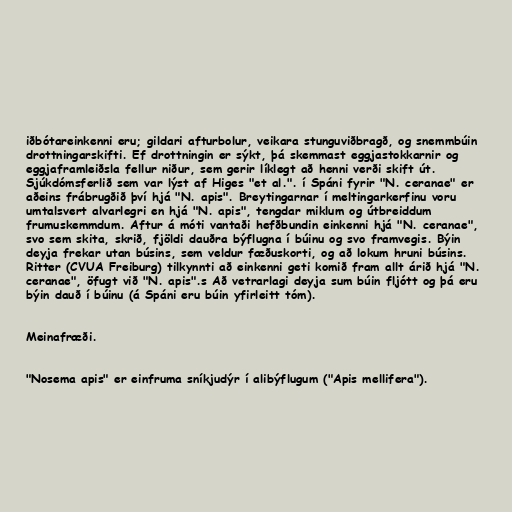
iðbótareinkenni eru; gildari afturbolur, veikara stunguviðbragð, og snemmbúin
drottningarskifti. Ef drottningin er sýkt, þá skemmast eggjastokkarnir og
eggjaframleiðsla fellur niður, sem gerir líklegt að henni verði skift út.
Sjúkdómsferlið sem var lýst af Higes "et al.". í Spáni fyrir "N. ceranae" er
aðeins frábrugðið því hjá "N. apis". Breytingarnar í meltingarkerfinu voru
umtalsvert alvarlegri en hjá "N. apis", tengdar miklum og útbreiddum
frumuskemmdum. Aftur á móti vantaði hefðbundin einkenni hjá "N. ceranae",
svo sem skita, skrið, fjöldi dauðra býflugna í búinu og svo framvegis. Býin
deyja frekar utan búsins, sem veldur fæðuskorti, og að lokum hruni búsins.
Ritter (CVUA Freiburg) tilkynnti að einkenni geti komið fram allt árið hjá "N.
ceranae", öfugt við "N. apis".s Að vetrarlagi deyja sum búin fljótt og þá eru
býin dauð í búinu (á Spáni eru búin yfirleitt tóm).

Meinafræði.

"Nosema apis" er einfruma sníkjudýr í alibýflugum ("Apis mellifera").